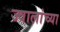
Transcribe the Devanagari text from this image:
ज्वालांच्या